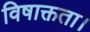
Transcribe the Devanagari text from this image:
विषाक्तता।